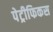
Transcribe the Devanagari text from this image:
पेट्रीफिकस